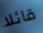
قائلا